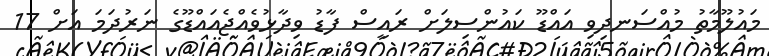
މައުލޫމާތު މުއްސަނދިވި އައްޑޫ ކައުންސިލަށް ރައީސް ފާޑު ވިދާޅުވެއްޖެއައްޑޫގެ ނަރުދަމަ އަށް 17